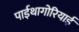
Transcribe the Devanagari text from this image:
पाईथागोरियाई